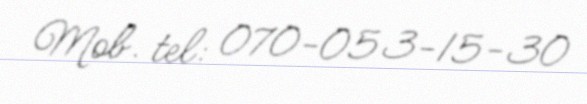
Mob. tel: 070-053-15-30